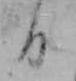
日